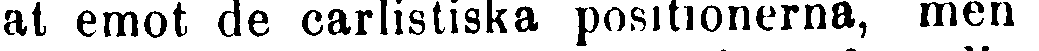
nat emot de carlistiska positionerna, men